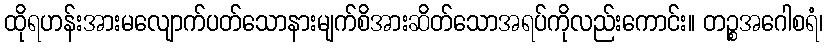
ထိုရဟန်းအားမလျောက်ပတ်သောနားမျက်စိအားဆိတ်သောအရပ်ကိုလည်းကောင်း။ တဉ္စအဂေါစရံ၊